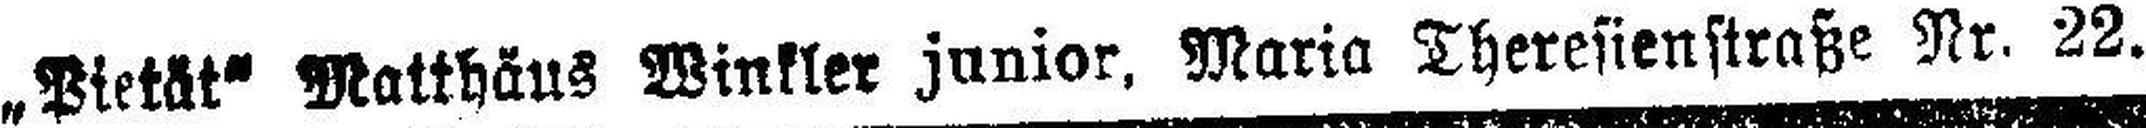
„Pietät“ Matthäus Winkler junior, Maria Theresienstraße Nr. 22.